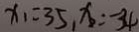
x _ { 1 } = 3 5 , x _ { 2 } = - 3 4